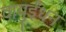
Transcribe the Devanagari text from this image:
वायुईंधन